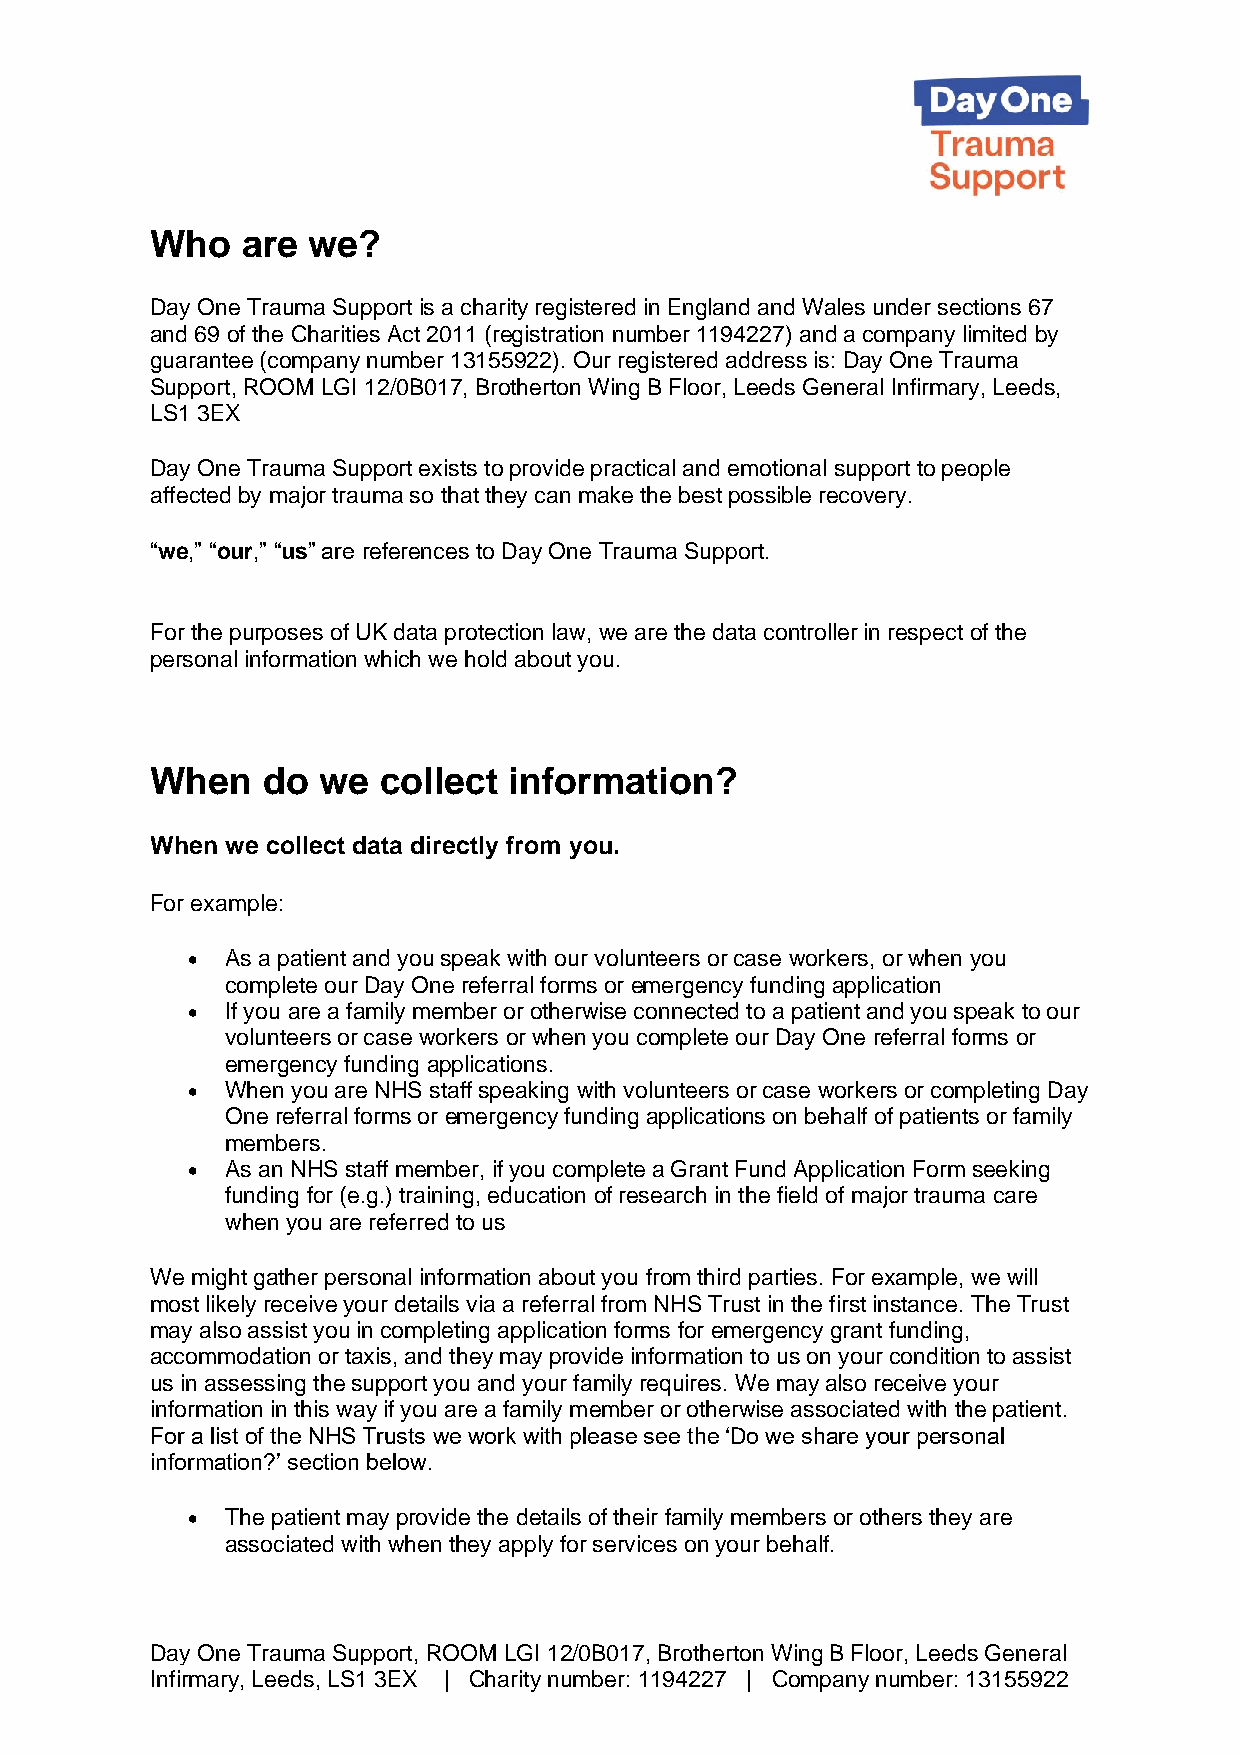
Who   are we?
 Day One Trauma Support is a charity registered in England and Wales under sections 67
 and 69 of the Charities Act 2011 (registration number 1194227) and a company limited by
 guarantee (company number 13155922). Our registered address is: Day One Trauma
 Support, ROOM LGI 12/0B017, Brotherton Wing B Floor, Leeds General Infirmary, Leeds,
 LS1 3EX
 Day One Trauma Support exists to provide practical and emotional support to people
 affected by major trauma so that they can make the best possible recovery.
 “we,” “our,” “us” are references to Day One Trauma Support.
 For the purposes of UK data protection law, we are the data controller in respect of the
 personal information which we hold about you.
 When   do  we  collect  information?
 When we collect data directly from you.
 For example:
 •  As a patient and you speak with our volunteers or case workers, or when you
 complete our Day One referral forms or emergency funding application
 •  If you are a family member or otherwise connected to a patient and you speak to our
 volunteers or case workers or when you complete our Day One referral forms or
 emergency funding applications.
 •  When you are NHS staff speaking with volunteers or case workers or completing Day
 One referral forms or emergency funding applications on behalf of patients or family
 members.
 •  As an NHS staff member, if you complete a Grant Fund Application Form seeking
 funding for (e.g.) training, education of research in the field of major trauma care
 when you are referred to us
 We might gather personal information about you from third parties. For example, we will
 most likely receive your details via a referral from NHS Trust in the first instance. The Trust
 may also assist you in completing application forms for emergency grant funding,
 accommodation or taxis, and they may provide information to us on your condition to assist
 us in assessing the support you and your family requires. We may also receive your
 information in this way if you are a family member or otherwise associated with the patient.
 For a list of the NHS Trusts we work with please see the ‘Do we share your personal
 information?’ section below.
 •  The patient may provide the details of their family members or others they are
 associated with when they apply for services on your behalf.
 Day One Trauma Support, ROOM LGI 12/0B017, Brotherton Wing B Floor, Leeds General
 Infirmary, Leeds, LS1 3EX | Charity number: 1194227 | Company number: 13155922